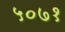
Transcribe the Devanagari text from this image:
५०७१